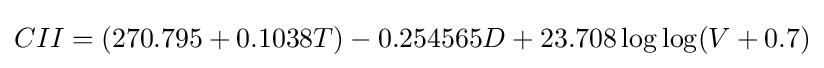
CII=(270.795+0.1038T)-0.254565D+23.708\log \log(V+0.7)